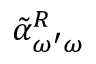
\: \tilde { \alpha } _ { \omega ^ { \prime } \omega } ^ { R } \: